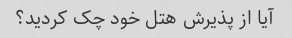
آیا از پذیرش هتل خود چک کردید؟